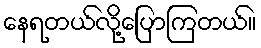
နေရတယ်လို့ပြောကြတယ်။